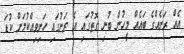
އެއް ރަށެއްގެ ބައެއް މީހުން ބުނި ގޮތުގައި އެ ރަށުގައި ހަށިވިއްކުމަށް ކުޑަ